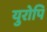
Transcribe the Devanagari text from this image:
युरोपि